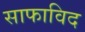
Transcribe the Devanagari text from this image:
साफाविद